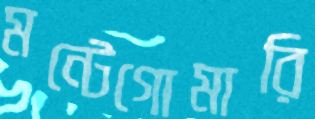
মন্টেগোমারি